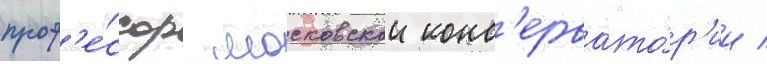
проф'е́ссор московскои конс'ервато́р'ии /